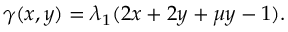
\gamma ( x , y ) = \lambda _ { 1 } ( 2 x + 2 y + \mu y - 1 ) .